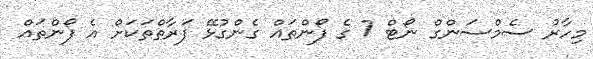
މިހާރު ސެމްސަންގް ނޯޓް 7 ގެ ފޯންތައް ގެންގުޅޭ ފަރާތްތަކަށް އެ ފޯންތައް